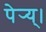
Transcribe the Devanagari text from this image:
पेर्‍य्।